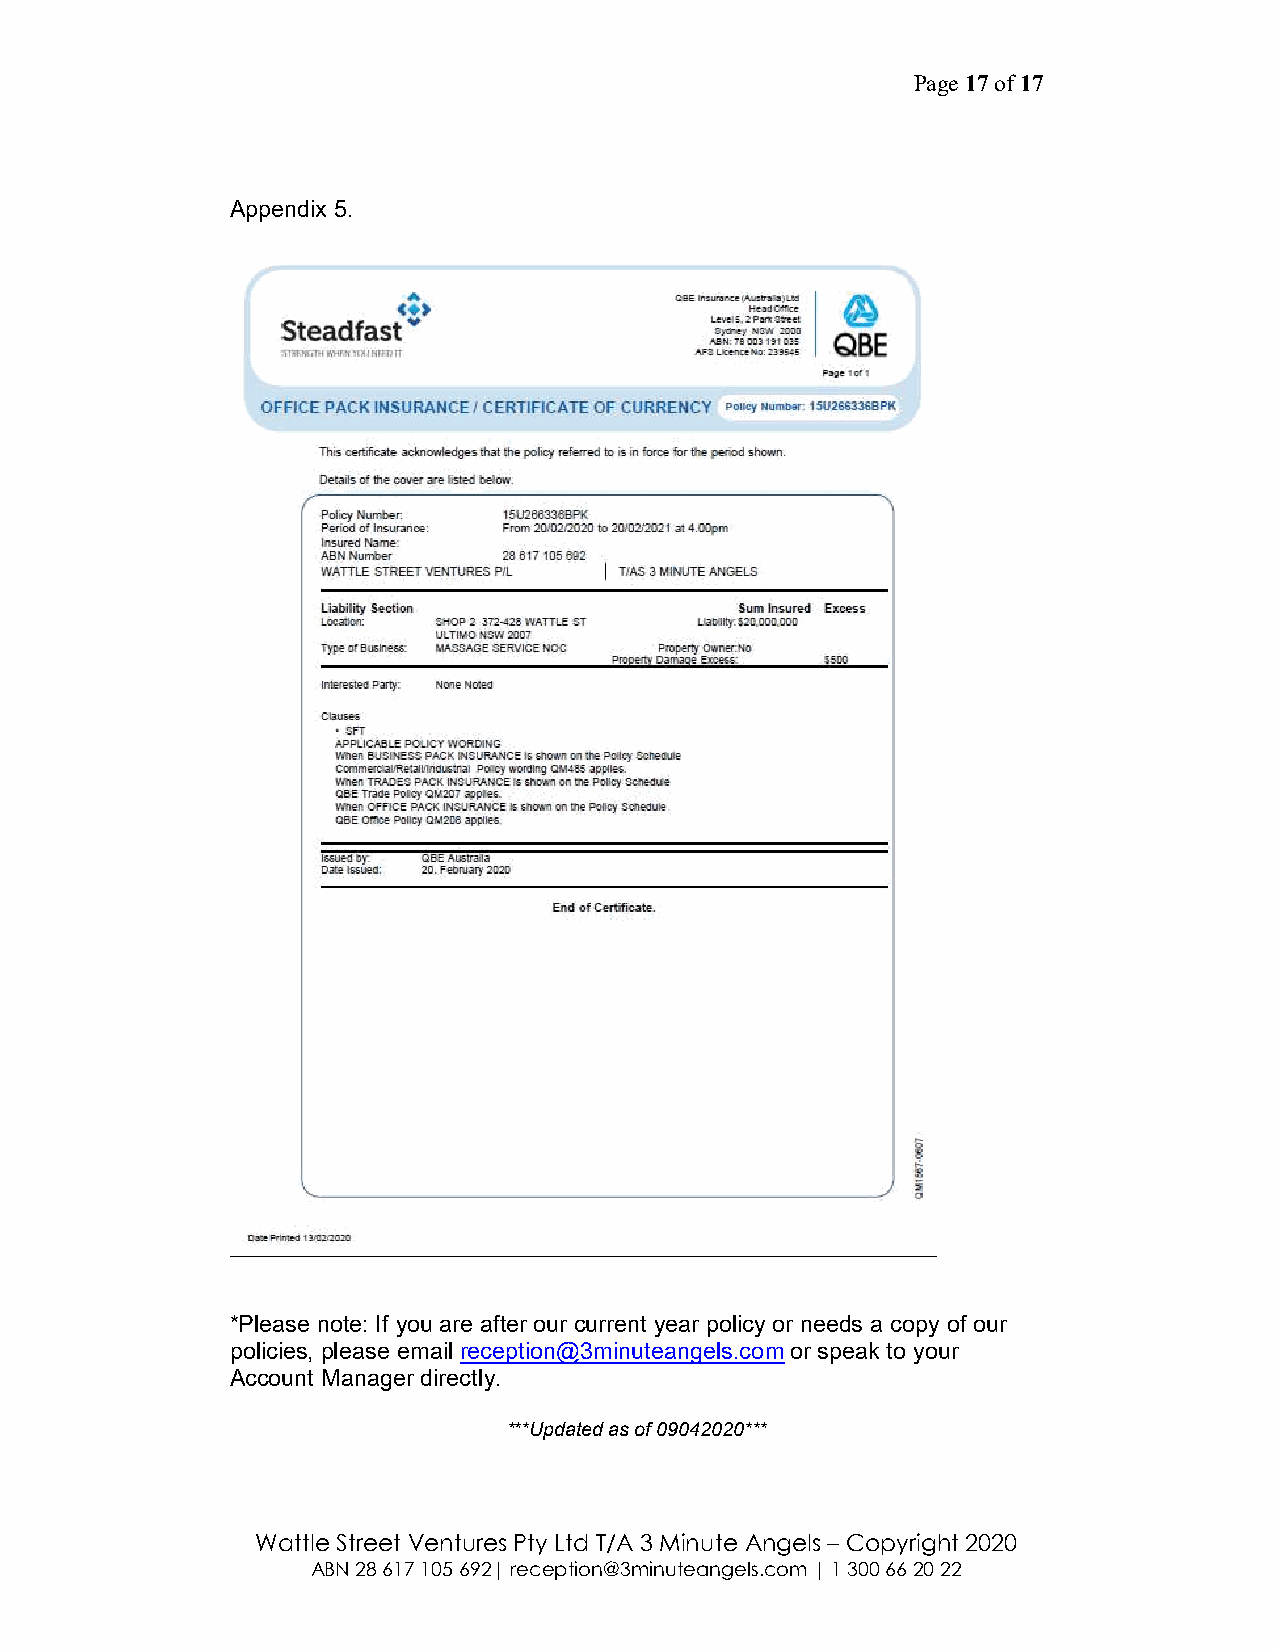
Page 17 of 17
 Appendix 5.
 *Please note: If you are after our current year policy or needs a copy of our
 policies, please email reception@3minuteangels.com or speak to your
 Account Manager directly.
 ***Updated as of 09042020***
 Wattle Street Ventures Pty Ltd T/A 3 Minute Angels – Copyright 2020
 ABN 28 617 105 692| reception@3minuteangels.com | 1 300 66 20 22